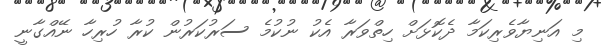
މި އަނިޔާވެރިކަމާ ދެކޮޅަށް ހިތްވަރާ އެކު ނުކުމެ ސަރުކަރުން ކުރާ ހުރިހާ ނޭއްގާނީ